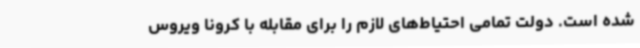
شده است. دولت تمامی احتیاط‌های لازم را برای مقابله با کرونا ویروس